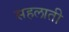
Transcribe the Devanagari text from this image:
सहलाती